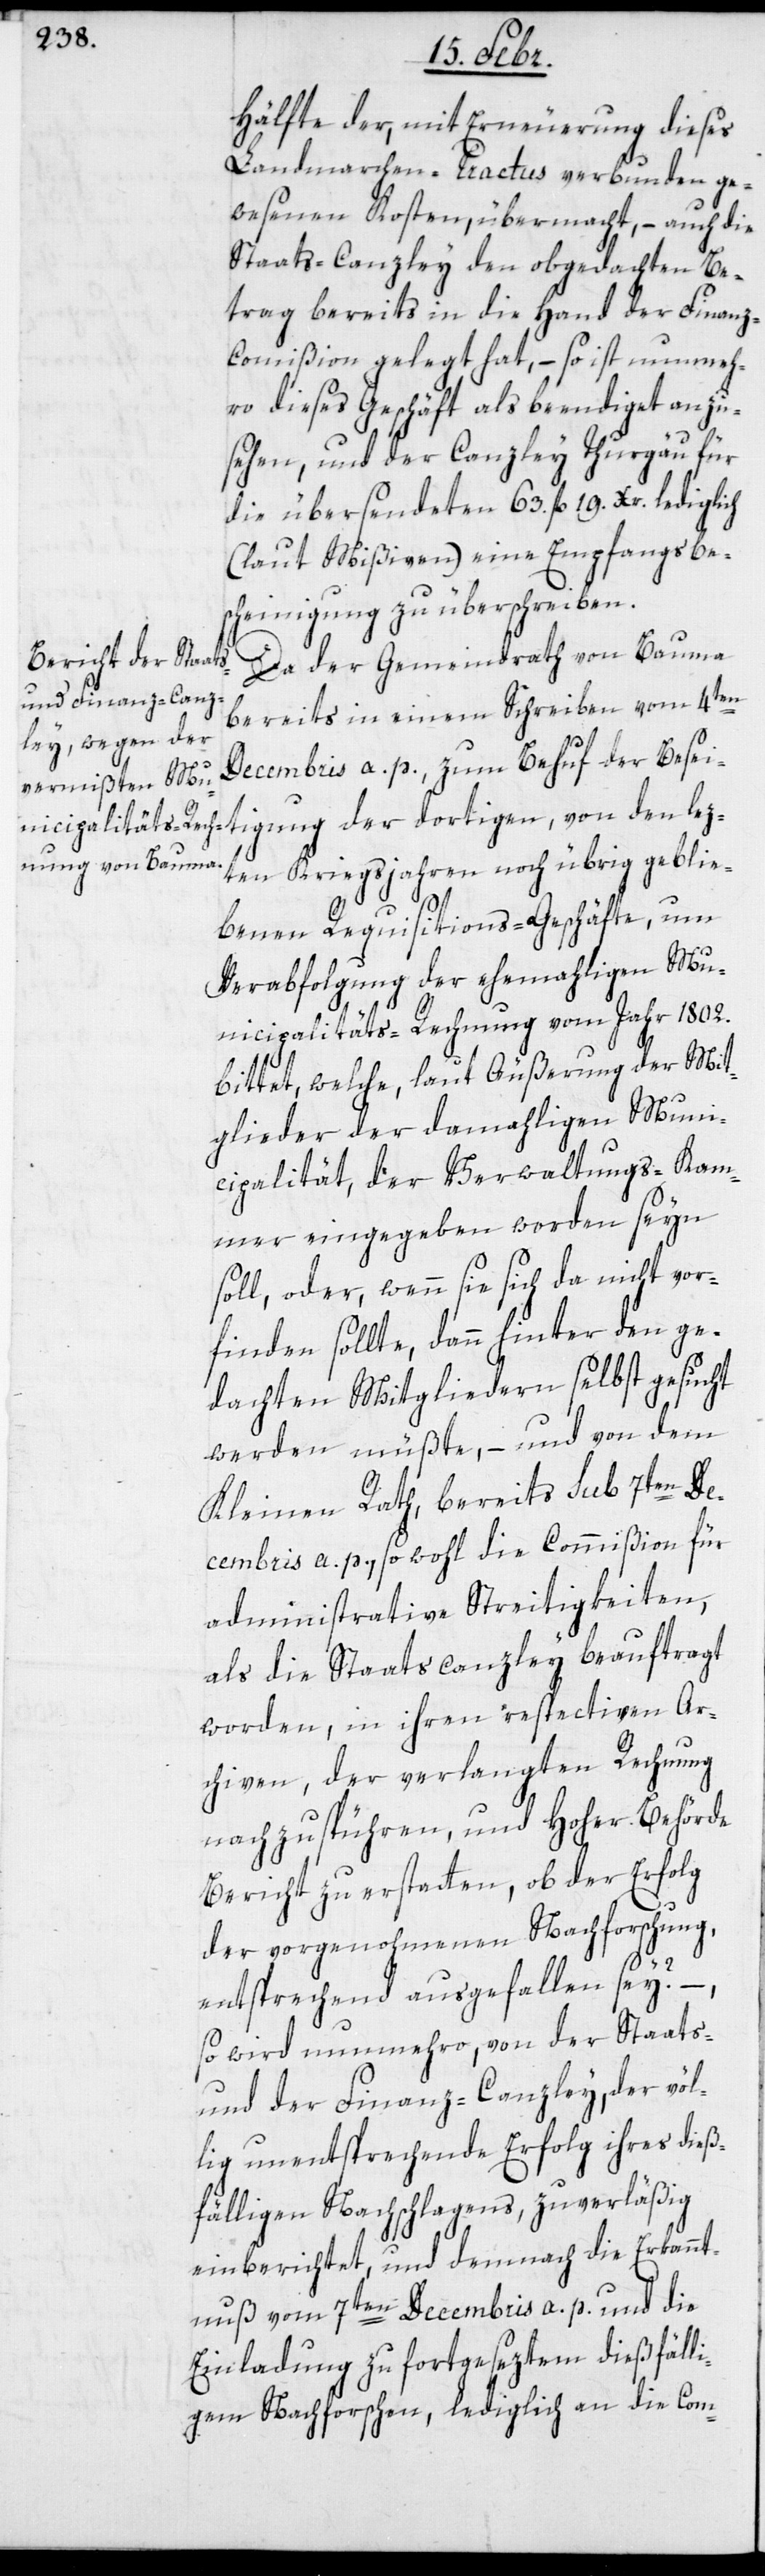
Hälfte der, mit Erneuerung dieses
Landmarchen-Tractus verbunden ge¬
wesenen Kosten, übermacht, – auch die
Staats-Canzley den obgedachten Be¬
trag bereits in die Hand der Finan¬
z-Commißion gelegt hat, – so ist nunmeh¬
ro dieses Geschäft als beendiget anzu¬
sehen, und der Canzley Thurgäu für
die übersendeten 63. fl. 19. Xr. lediglich
(laut Mißiven) eine Empfangsbes¬
cheinigung zu überschreiben.
Da der Gemeindrath von Bauma
bereits in einem Schreiben vom 4ten
Decembris a. p. zum Behuf der Besei¬
tigung der dortigen, von den lez¬
ten Kriegsjahren noch übrig geblie¬
benen Requisitions-Geschäfte, um
Verabfolgung der ehemaligen Mu¬
nicipalitäts-Rechnung vom Jahr 1802.
bittet, welche, laut Äußerung der Mit¬
glieder der damahligen Muni¬
cipalität, der Verwaltungs-Kam¬
mer eingegeben worden seyn
soll, oder, wenn sie sich da nicht vor¬
finden sollte, dann hinter den ge¬
dachten Mitgliedern selbst gesucht
werden müßte, – und von dem
Kleinen Rath, bereits sub 7ten De¬
cembris a. p., sowohl die Commißion für
administrative Streitigkeiten,
als die Staatscanzley beauftragt
worden, in ihren respectiven Ar¬
chiven, der verlangten Rechnung
nachzuspühren, und hoher Behörde
Bericht zu erstatten, ob der Erfolg
der vorgenohmenen Nachforschung,
entsprechend ausgefallen sey?
so wird nunmehro, von der Staats-
und der Finanz-Canzley, der völ¬
lig unentsprechende Erfolg ihres dieß¬
fälligen Nachschlagens, zuverläßig
einberichtet, und demnach die Erkannt¬
nuß vom 7ten Decembris a. p. und die
Einladung zu fortgeseztem dießfälli¬
gem Nachforschen, lediglich an die Com-